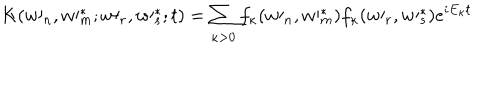
LaTeX: K ( w \prime _ { n } , w \prime _ { m } ^ { \ast } ; w \prime _ { r } , w \prime _ { s } ^ { \ast } ; t ) = \sum _ { \kappa > 0 } f _ { \kappa } ( w \prime _ { n } , w \prime _ { m } ^ { \ast } ) f _ { \kappa } ( w \prime _ { r } , w \prime _ { s } ^ { \ast } ) e ^ { i E _ { \kappa } t }